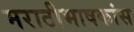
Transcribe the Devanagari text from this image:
मराठीभाषकांस